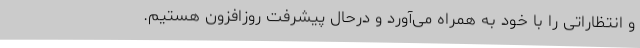
و انتظاراتی را با خود به همراه می‌آورد و درحال پیشرفت روزافزون هستیم.